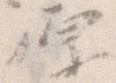
原